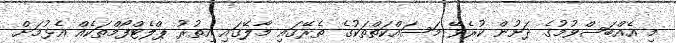
މި އެއްބަސްވުމުގެ ދަށުން ކުރެވޭ މަސައްކަތްތަކުގެ ތެރޭގައި މާލޭގައި އިތުރު ޕްލެޓްފޯމްތަކެއް އެޅުމަށް